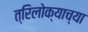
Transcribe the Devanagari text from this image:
त्रिलोक्याच्या